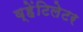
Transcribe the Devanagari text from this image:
व्हेंटिलेटर